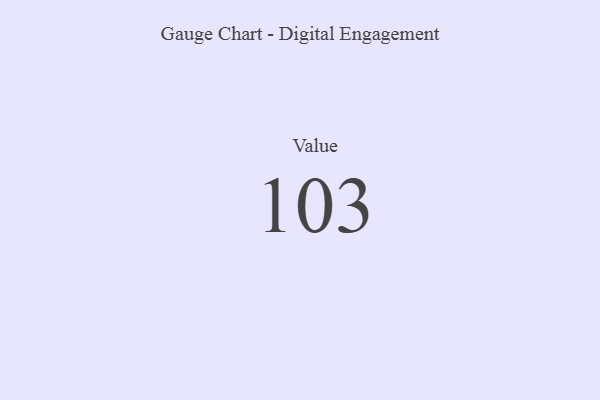
{"axis": {"x": "Metric", "y": "Value"}, "legend": [""], "data": [{"x": "Value", "y": 103, "type": ""}]}